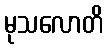
မုသလောတိ